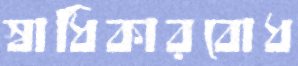
স্বাধিকারবোধ